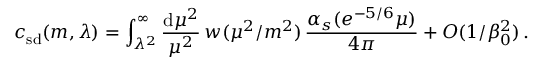
c _ { \mathrm { s d } } ( m , \lambda ) = \int _ { \lambda ^ { 2 } } ^ { \infty } \frac { \mathrm { d } \mu ^ { 2 } } { \mu ^ { 2 } } \, w ( \mu ^ { 2 } / m ^ { 2 } ) \, \frac { \alpha _ { s } ( e ^ { - 5 / 6 } \mu ) } { 4 \pi } + O ( 1 / \beta _ { 0 } ^ { 2 } ) \, .